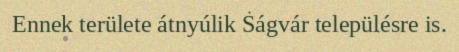
Ennek területe átnyúlik Ságvár településre is.